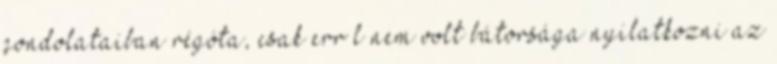
gondolataiban régóta, csak errıl nem volt bátorsága nyilatkozni az